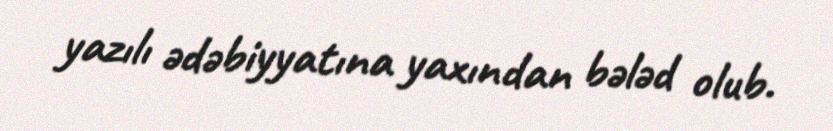
yazılı ədəbiyyatına yaxından bələd olub.